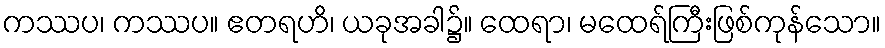
ကဿပ၊ ကဿပ။ ဧတရဟိ၊ ယခုအခါ၌။ ထေရာ၊ မထေရ်ကြီးဖြစ်ကုန်သော။